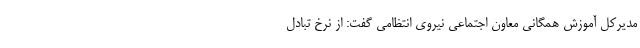
مدیرکل آموزش همگانی معاون اجتماعی نیروی انتظامی گفت: از نرخ تبادل